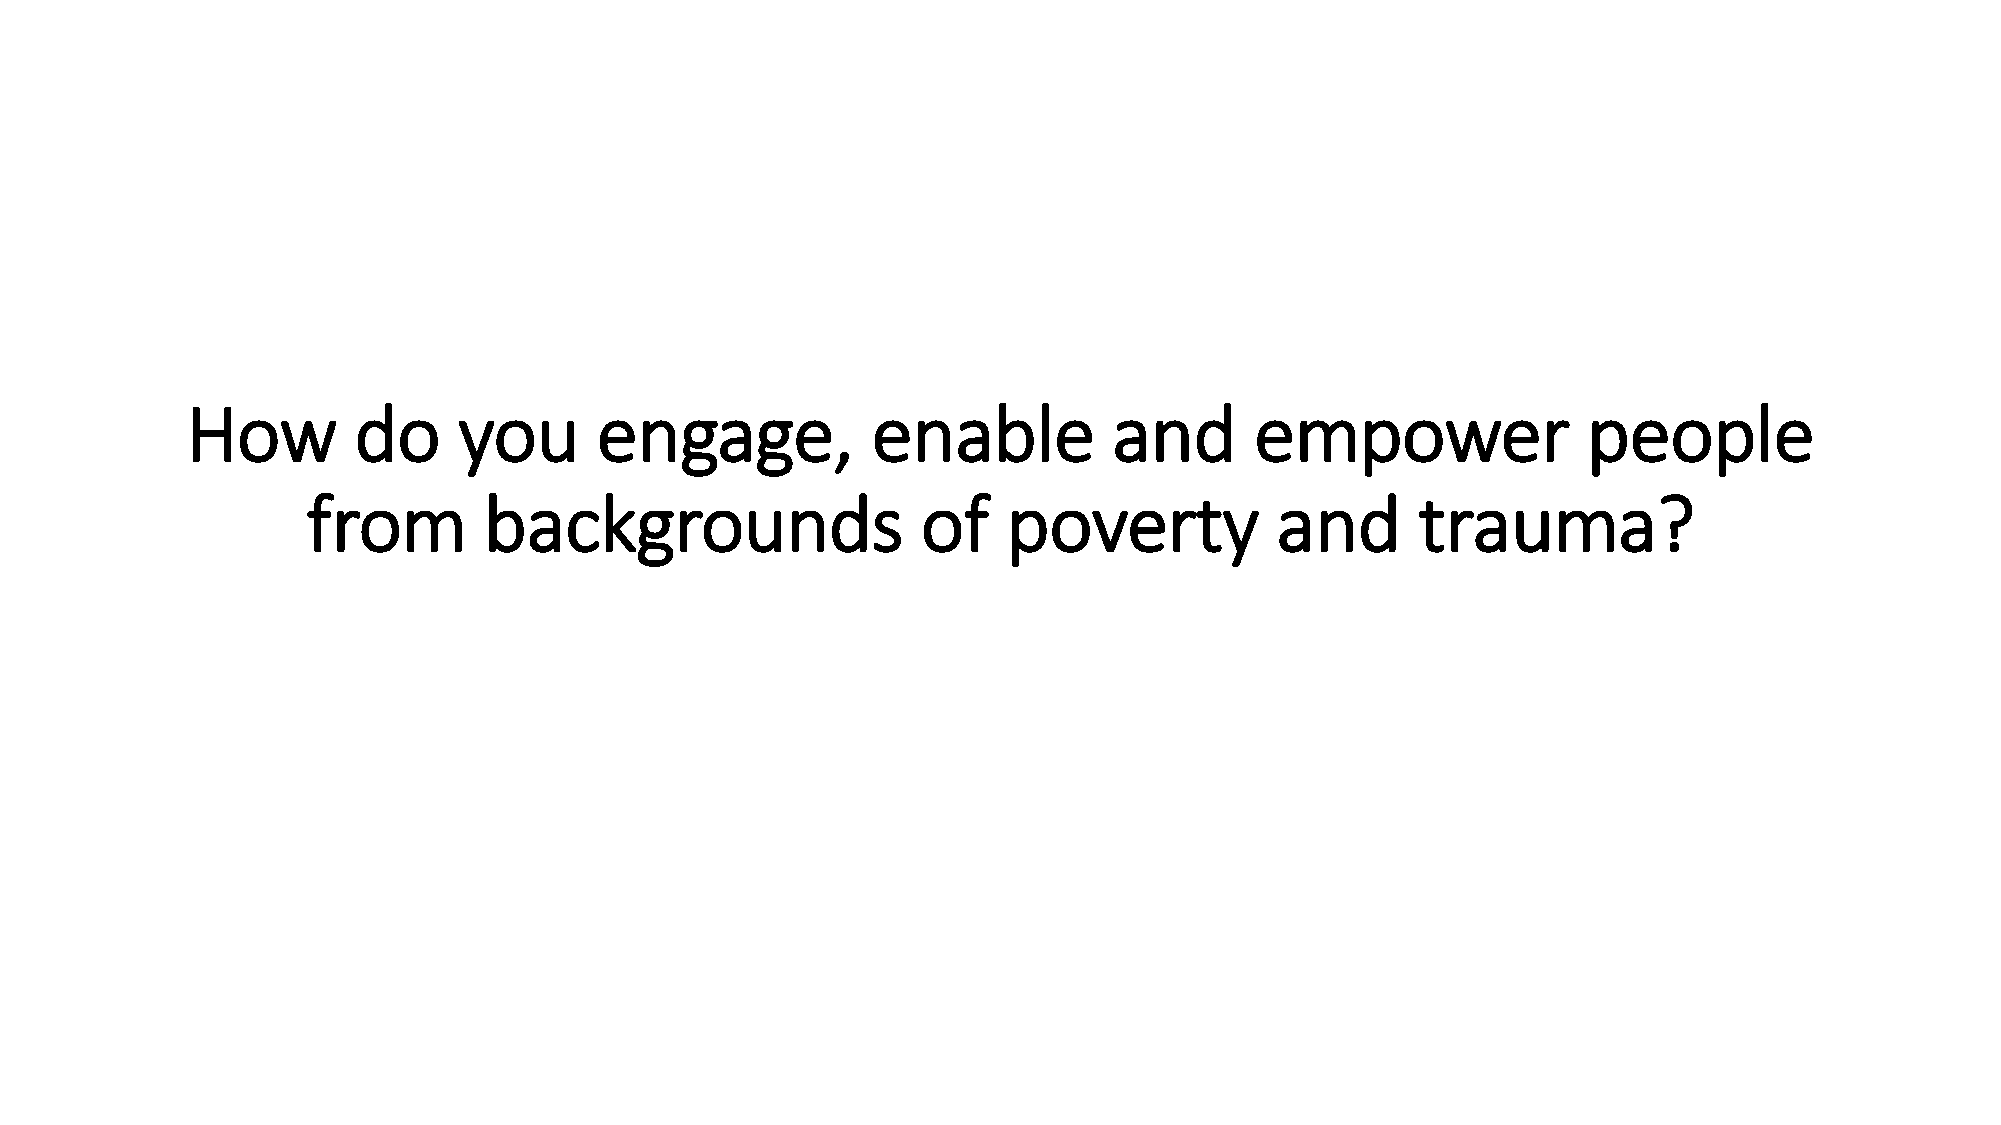
How        do     you      engage,            enable          and      empower               people
 from        backgrounds                  of    poverty          and       trauma?